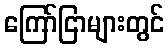
ကြော်ငြာများတွင်